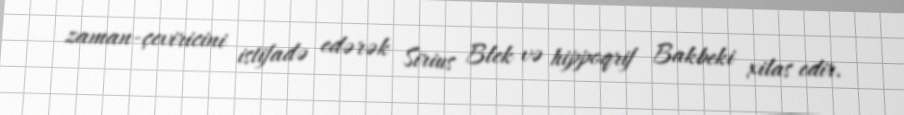
zaman-çeviricini istifadə edərək Sirius Blek və hippoqrif Bakbeki xilas edir.